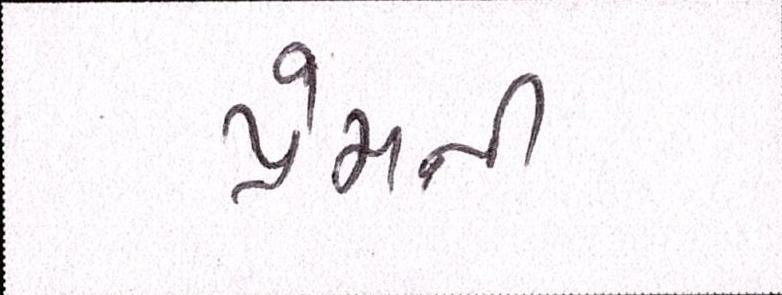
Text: પ્રેમની